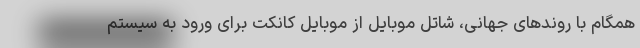
همگام با روندهای جهانی، شاتل موبایل از موبایل کانکت برای ورود به سیستم